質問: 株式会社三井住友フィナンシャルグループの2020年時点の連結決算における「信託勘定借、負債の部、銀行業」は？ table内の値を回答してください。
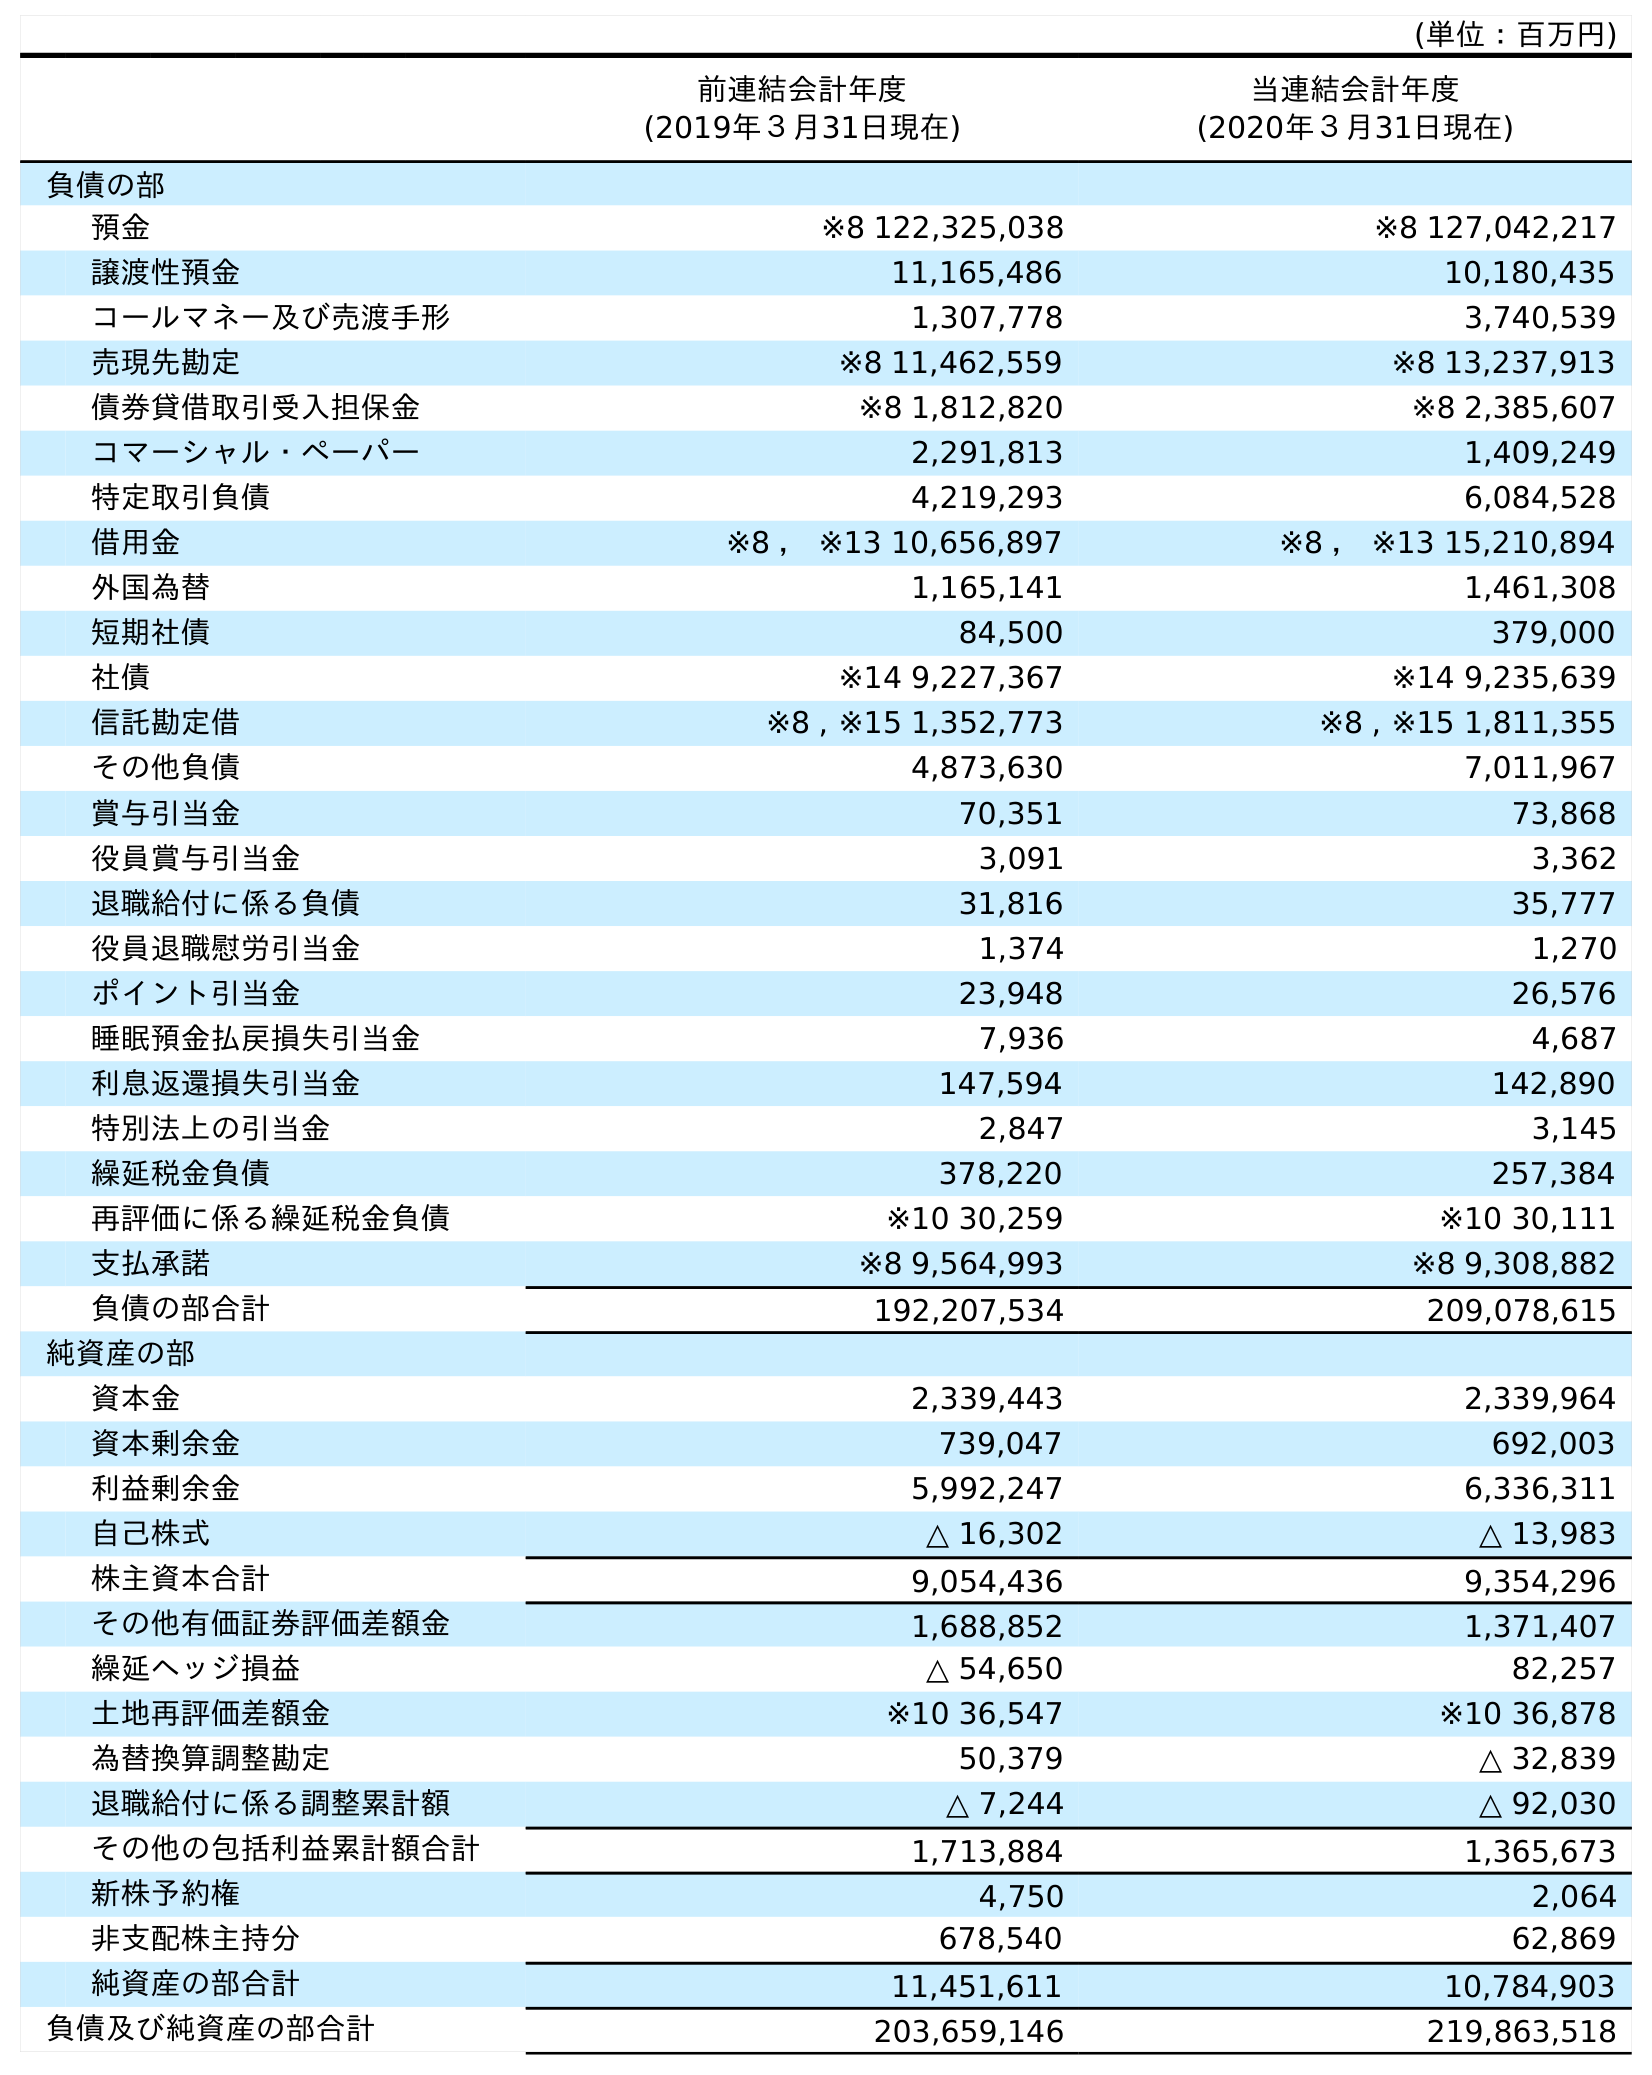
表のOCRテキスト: (単位：百万円) 前連結会計年度 (2019年３月31日現在) 当連結会計年度 (2020年３月31日現在) 負債の部 預金 ※8 122,325,038 ※8 127,042,217 譲渡性預金 11,165,486 10,180,435 コールマネー及び売渡手形 1,307,778 3,740,539 売現先勘定 ※8 11,462,559 ※8 13,237,913 債券貸借取引受入担保金 ※8 1,812,820 ※8 2,385,607 コマーシャル・ペーパー 2,291,813 1,409,249 特定取引負債 4,219,293 6,084,528 借用金 ※8 ， ※13 10,656,897 ※8 ， ※13 15,210,894 外国為替 1,165,141 1,461,308 短期社債 84,500 379,000 社債 ※14 9,227,367 ※14 9,235,639 信託勘定借 ※8 , ※15 1,352,773 ※8 , ※15 1,811,355 その他負債 4,873,630 7,011,967 賞与引当金 70,351 73,868 役員賞与引当金 3,091 3,362 退職給付に係る負債 31,816 35,777 役員退職慰労引当金 1,374 1,270 ポイント引当金 23,948 26,576 睡眠預金払戻損失引当金 7,936 4,687 利息返還損失引当金 147,594 142,890 特別法上の引当金 2,847 3,145 繰延税金負債 378,220 257,384 再評価に係る繰延税金負債 ※10 30,259 ※10 30,111 支払承諾 ※8 9,564,993 ※8 9,308,882 負債の部合計 192,207,534 209,078,615 純資産の部 資本金 2,339,443 2,339,964 資本剰余金 739,047 692,003 利益剰余金 5,992,247 6,336,311 自己株式 △ 16,302 △ 13,983 株主資本合計 9,054,436 9,354,296 その他有価証券評価差額金 1,688,852 1,371,407 繰延ヘッジ損益 △ 54,650 82,257 土地再評価差額金 ※10 36,547 ※10 36,878 為替換算調整勘定 50,379 △ 32,839 退職給付に係る調整累計額 △ 7,244 △ 92,030 その他の包括利益累計額合計 1,713,884 1,365,673 新株予約権 4,750 2,064 非支配株主持分 678,540 62,869 純資産の部合計 11,451,611 10,784,903 負債及び純資産の部合計 203,659,146 219,863,518
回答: ※8,※151,811,355